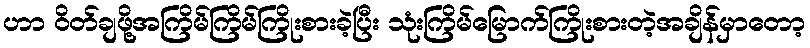
ဟာ ၀ိတ်ချဖို့အကြိမ်ကြိမ်ကြိုးစားခဲ့ပြီး သုံးကြိမ်မြောက်ကြိုးစားတဲ့အချိန်မှာတော့